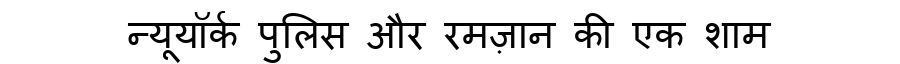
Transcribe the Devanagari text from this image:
न्यूयॉर्क पुलिस और रमज़ान की एक शाम